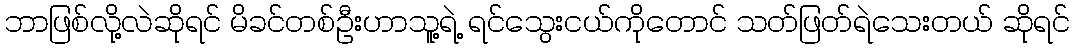
ဘာဖြစ်လို့လဲဆိုရင် မိခင်တစ်ဦးဟာသူ့ရဲ့ ရင်သွေးငယ်ကိုတောင် သတ်ဖြတ်ရဲသေးတယ် ဆိုရင်